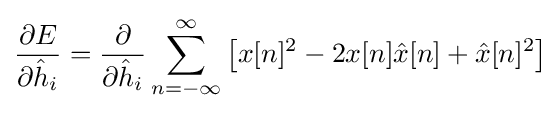
{\frac {\partial E}{\partial {\hat {h}}_{i}}}={\frac {\partial }{\partial {\hat {h}}_{i}}}\sum _{n=-\infty }^{\infty }\left[x[n]^{2}-2x[n]{\hat {x}}[n]+{\hat {x}}[n]^{2}\right]